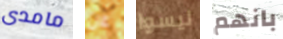
مامدى عن ليسوا بانهم